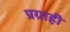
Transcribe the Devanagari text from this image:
प्रग्राही